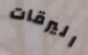
اليرقات